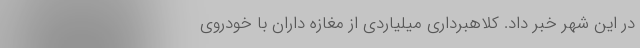
در این شهر خبر داد. کلاهبرداری میلیاردی از مغازه داران با خودروی